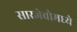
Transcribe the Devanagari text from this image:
सारजेवोमध्ये